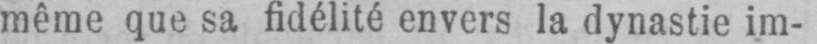
même que sa fidélité envers la dynastie im-